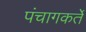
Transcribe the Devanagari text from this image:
पंचागकर्ते